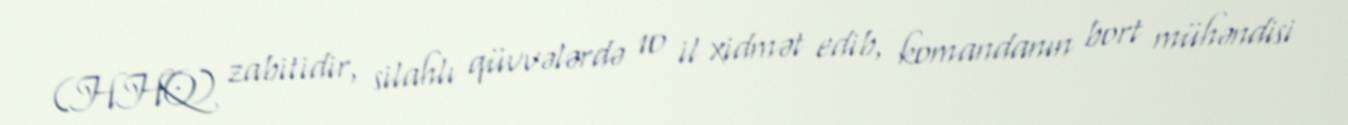
(HHQ) zabitidir, silahlı qüvvələrdə 10 il xidmət edib, komandanın bort mühəndisi